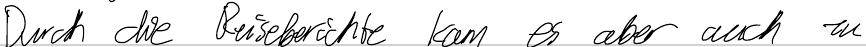
Durch die Reiseberichte kam es aber auch zu